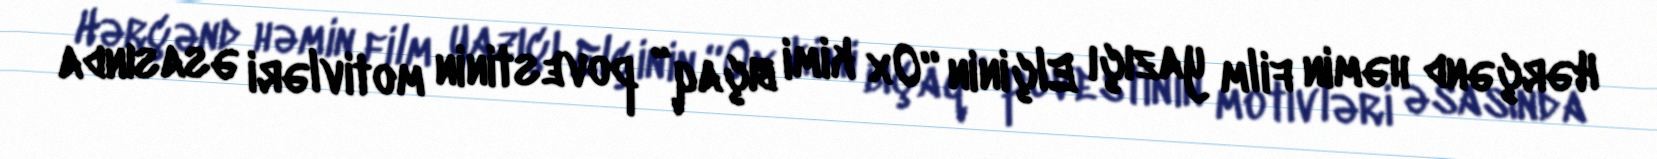
Hərçənd həmin film yazıçı Elçinin “Ox kimi bıçaq” povestinin motivləri əsasında